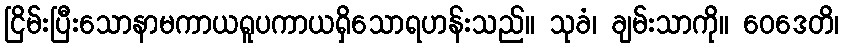
ငြိမ်းပြီးသောနာမကာယရူပကာယရှိသောရဟန်းသည်။ သုခံ၊ ချမ်းသာကို။ ဝေဒေတိ၊